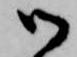
御